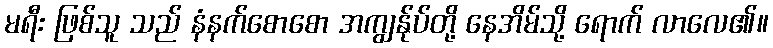
မရီး ဖြစ်သူ သည် နံနက်စောစော အကျွန်ုပ်တို့ နေအိမ်သို့ ရောက် လာလေ၏။